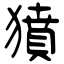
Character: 獖